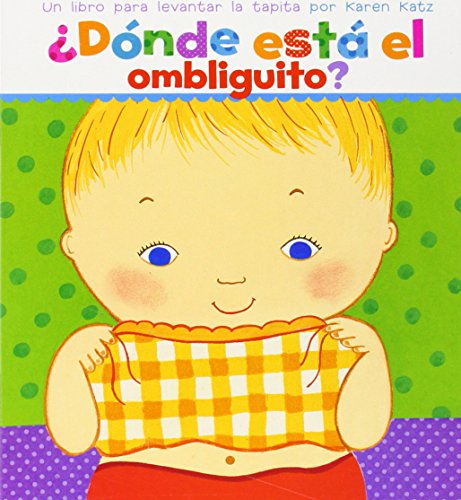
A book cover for Â¿DÃ³nde estÃ¡ el ombliguito? Un libro para levantar la tapita por Karen Katz (Spanish Edition); Karen Katz; Children's Books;